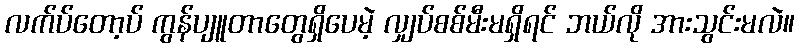
လက်ပ်တော့ပ် ကွန်ပျူတာတွေရှိပေမဲ့ လျှပ်စစ်မီးမရှိရင် ဘယ်လို အားသွင်းမလဲ။